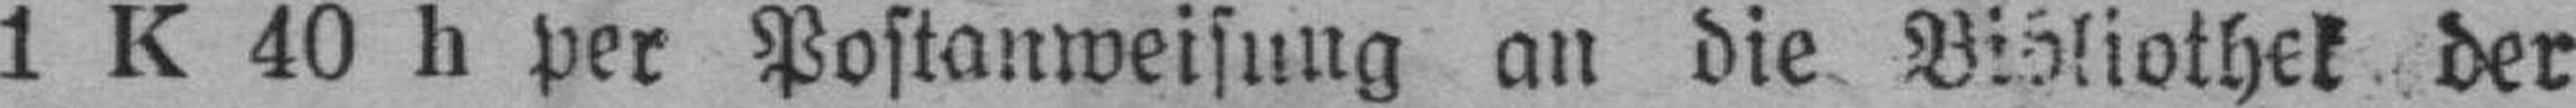
1 K 40 h per Postanweisung an die Bibliothek der